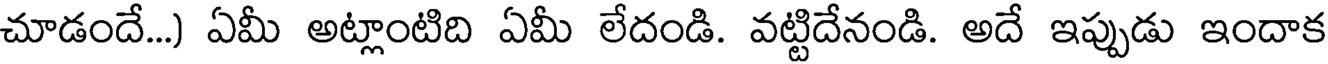
చూడందే...) ఏమీ అట్లాంటిది ఏమీ లేదండి. వట్టిదేనండి. అదే ఇప్పుడు ఇందాక